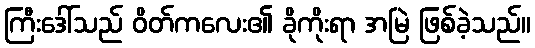
ကြီးဒေါ်သည် ဝိတ်ကလေး၏ ခိုကိုးရာ အမြဲ ဖြစ်ခဲ့သည်။